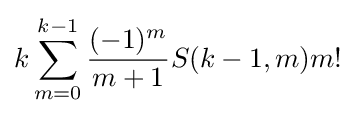
k\sum _{m=0}^{k-1}{\frac {(-1)^{m}}{m+1}}S(k-1,m)m!